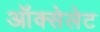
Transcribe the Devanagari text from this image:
ऑक्सेलेट